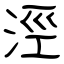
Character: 涇